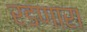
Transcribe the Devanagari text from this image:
रडणारा